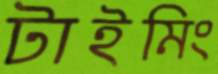
টাইমিং